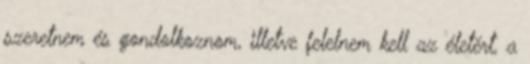
szeretnem és gondolkoznom, illetve felelnem kell az életért, a